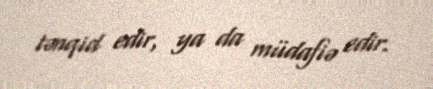
tənqid edir, ya da müdafiə edir.